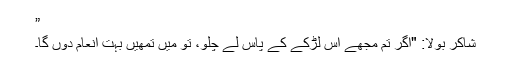
”
شاکر بولا: "اگر تم مجھے اس لڑکے کے پاس لے چلو، تو میں تمھیں بہت انعام دوں گا۔